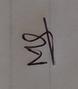
Signature authenticity: genuine